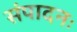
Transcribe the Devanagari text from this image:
संपादनः